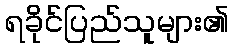
ရခိုင်ပြည်သူများ၏